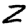
Digit: 2